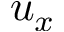
u _ { x }